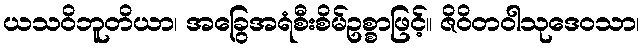
ယသဝိဘူတိယာ၊ အခြွေအရံစီးစိမ်ဥစ္စာဖြင့်။ ဇိဝိတဝါသုဒေဝသာ၊